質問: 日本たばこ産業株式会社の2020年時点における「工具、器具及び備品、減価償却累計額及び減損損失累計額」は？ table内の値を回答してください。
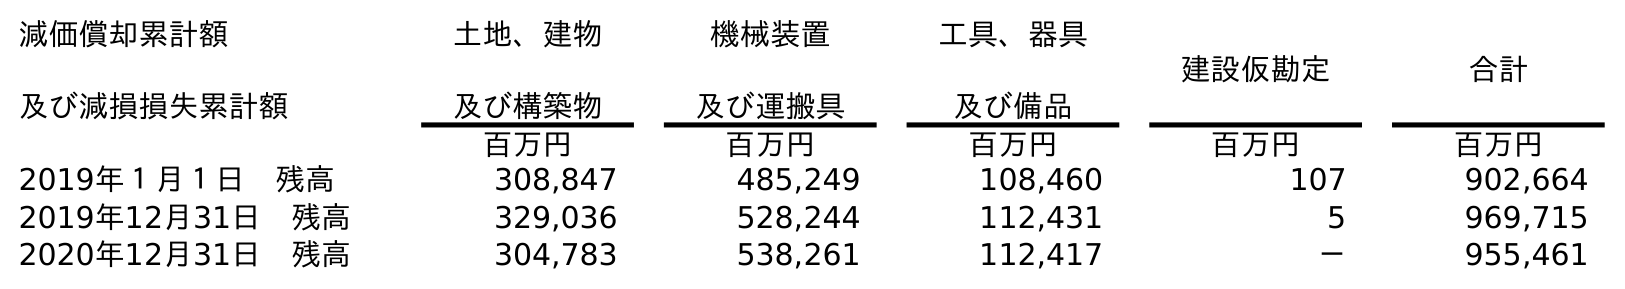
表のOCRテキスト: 減価償却累計額 及び減損損失累計額 土地、建物 及び構築物 機械装置 及び運搬具 工具、器具 及び備品 建設仮勘定 合計 百万円 百万円 百万円 百万円 百万円 2019年１月１日 残高 308,847 485,249 108,460 107 902,664 2019年12月31日 残高 329,036 528,244 112,431 5 969,715 2020年12月31日 残高 304,783 538,261 112,417 － 955,461
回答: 112,417